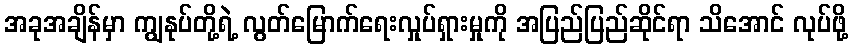
အခုအချိန်မှာ ကျွနုပ်တို့ရဲ့ လွတ်မြောက်ရေးလှုပ်ရှားမှုကို အပြည်ပြည်ဆိုင်ရာ သိအောင် လုပ်ဖို့